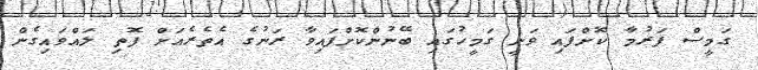
ގަމީސް ފަރުމާ ކޮށްފައި ވަނީ ގަމީހުގައި ބޭނުންކޮށްފައިވާ ރަނުގެ އެތެރެއަށް ފޮތި ލައްވައިގެން